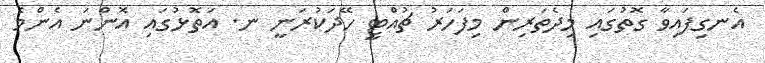
އެނގިފައިވާ ގޮތުގައި މިދެތަރިން މިފަހަރު ޗުއްޓީ ހޭދަކުރަނީ ނ. އަތޮޅުގައި އޮންނަ އެންމެ